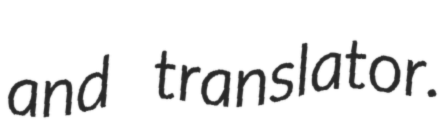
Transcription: and translator.